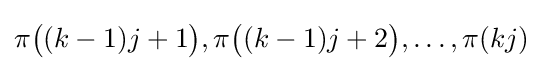
\pi {\bigl (}(k-1)j+1{\bigr )},\pi {\bigl (}(k-1)j+2{\bigr )},\dots ,\pi (kj)